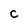
Character: C